Bréfritari: Sigríður Pálsdóttir
Viðtakandi: Páll Pálsson
Dagsetning: A-1870-12-12
Skrifað á: Breiðabólsstað  Rang.
Páll var bróðir Sigríðar

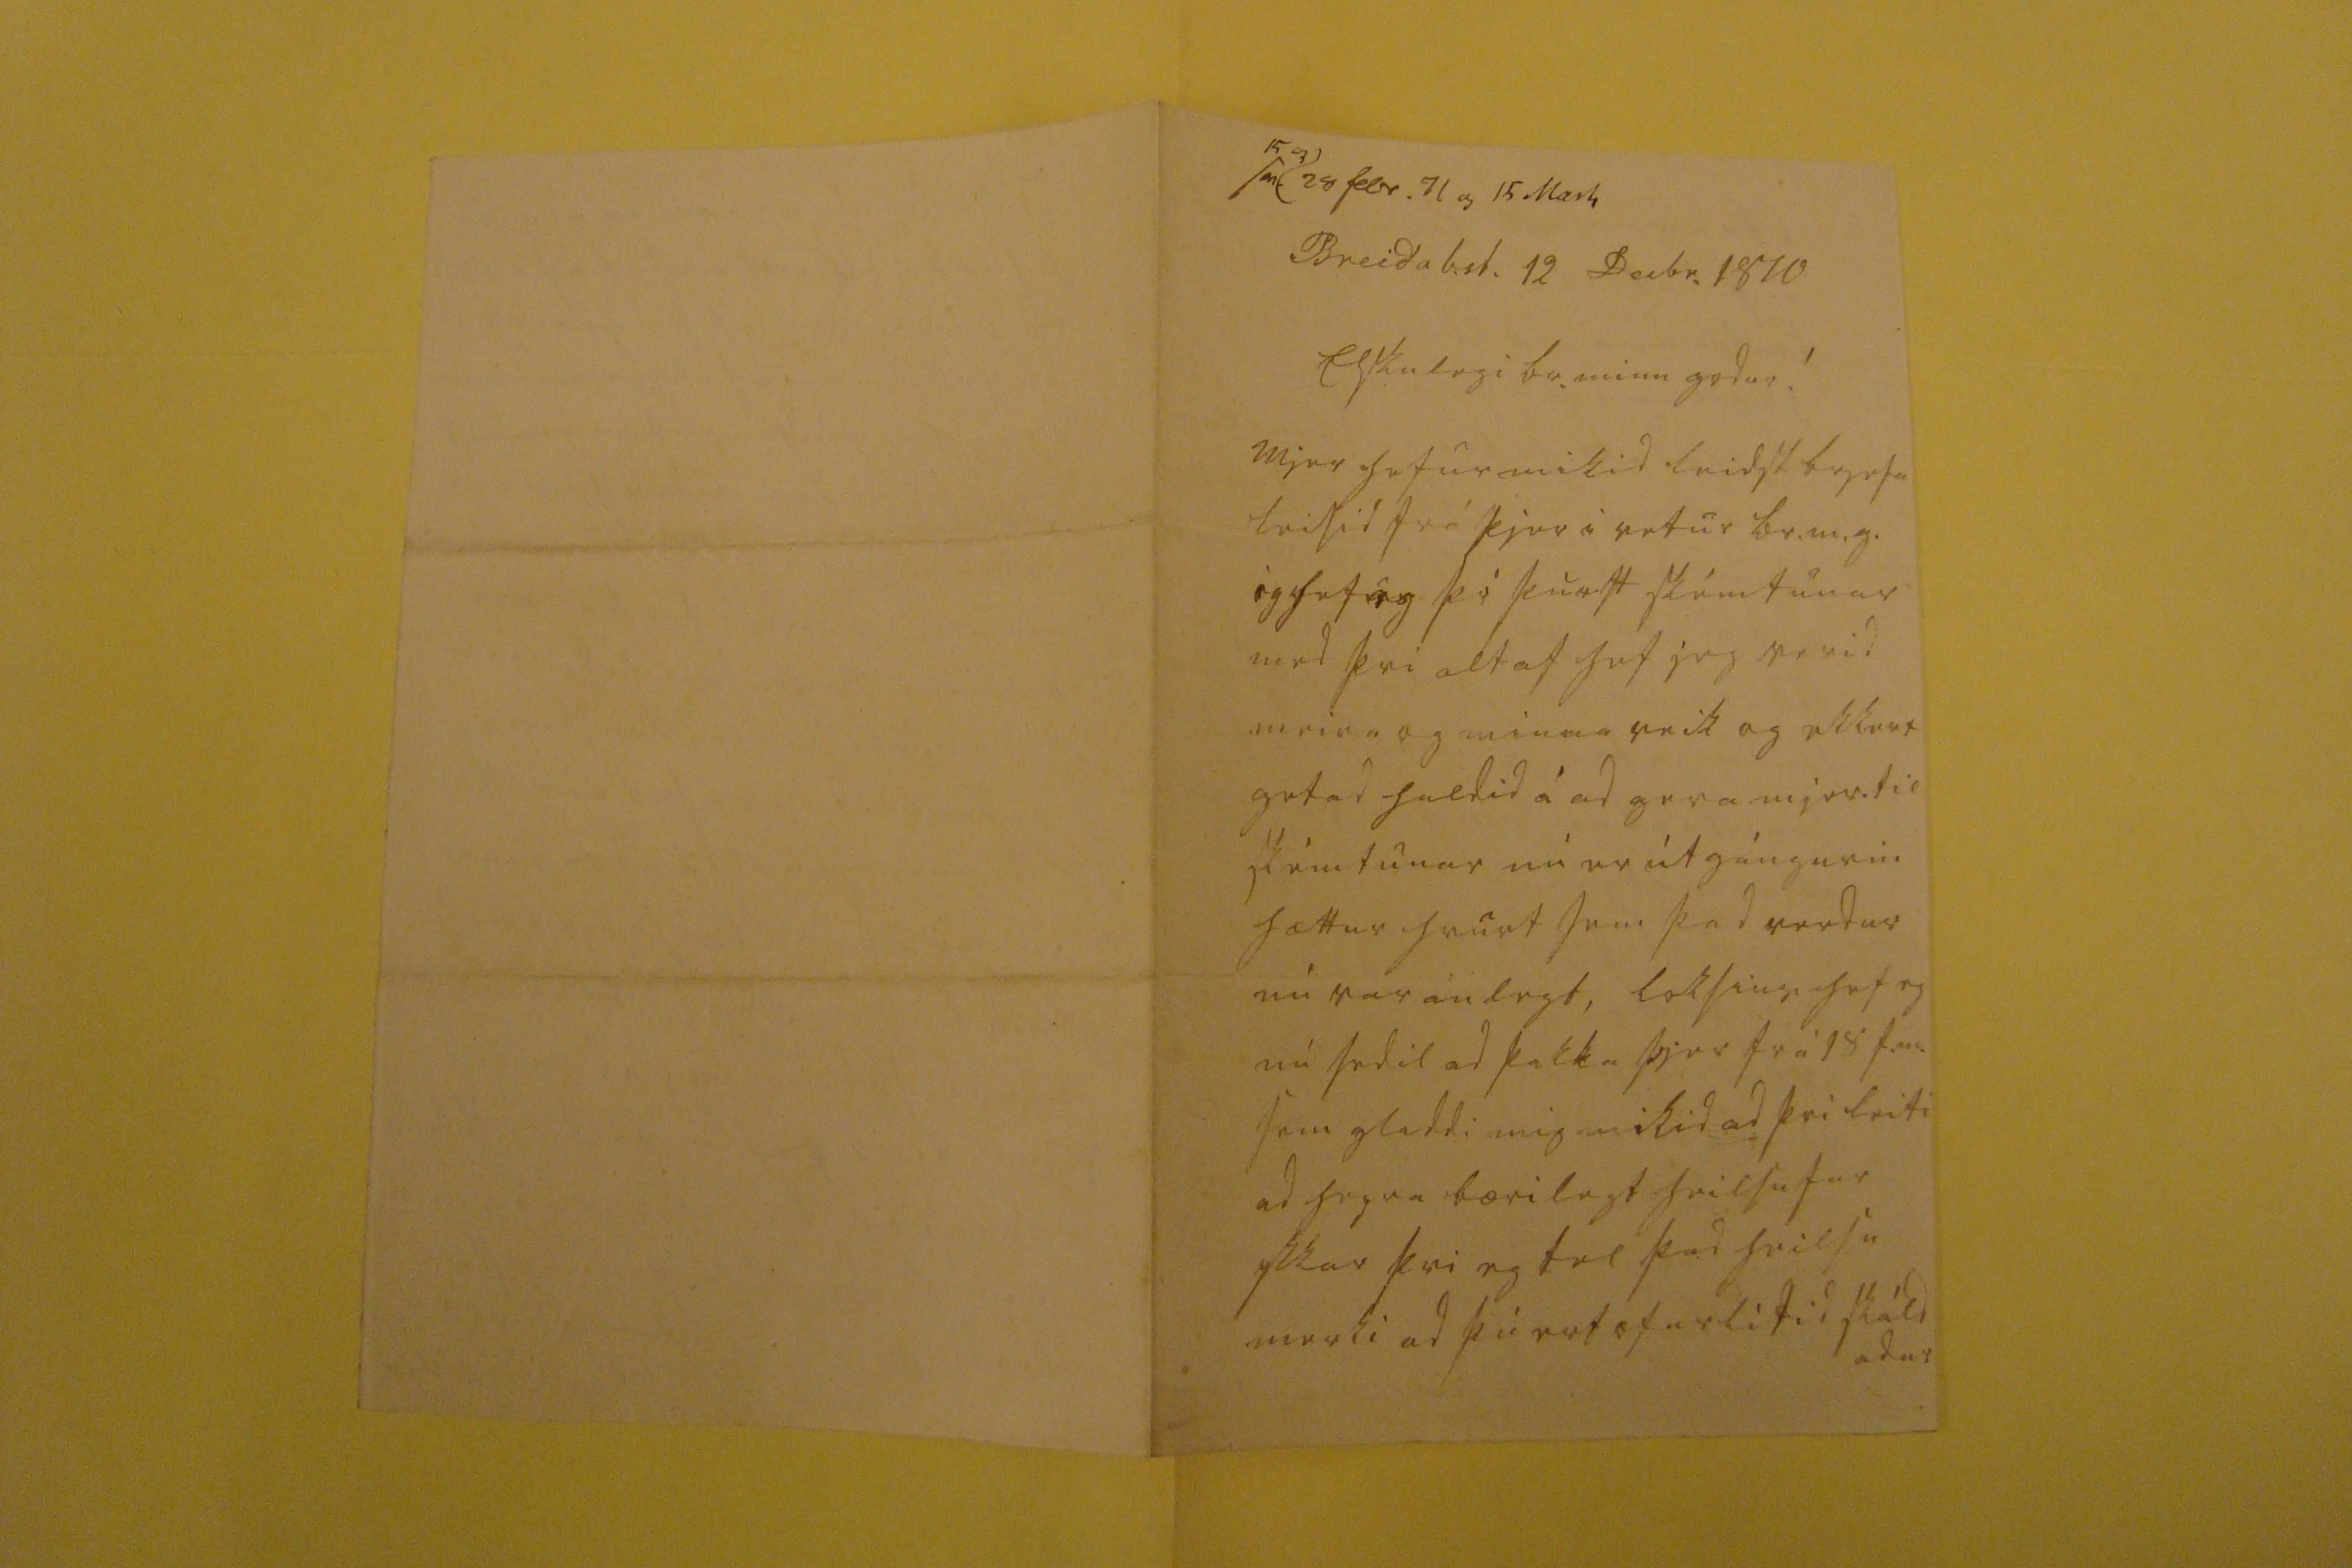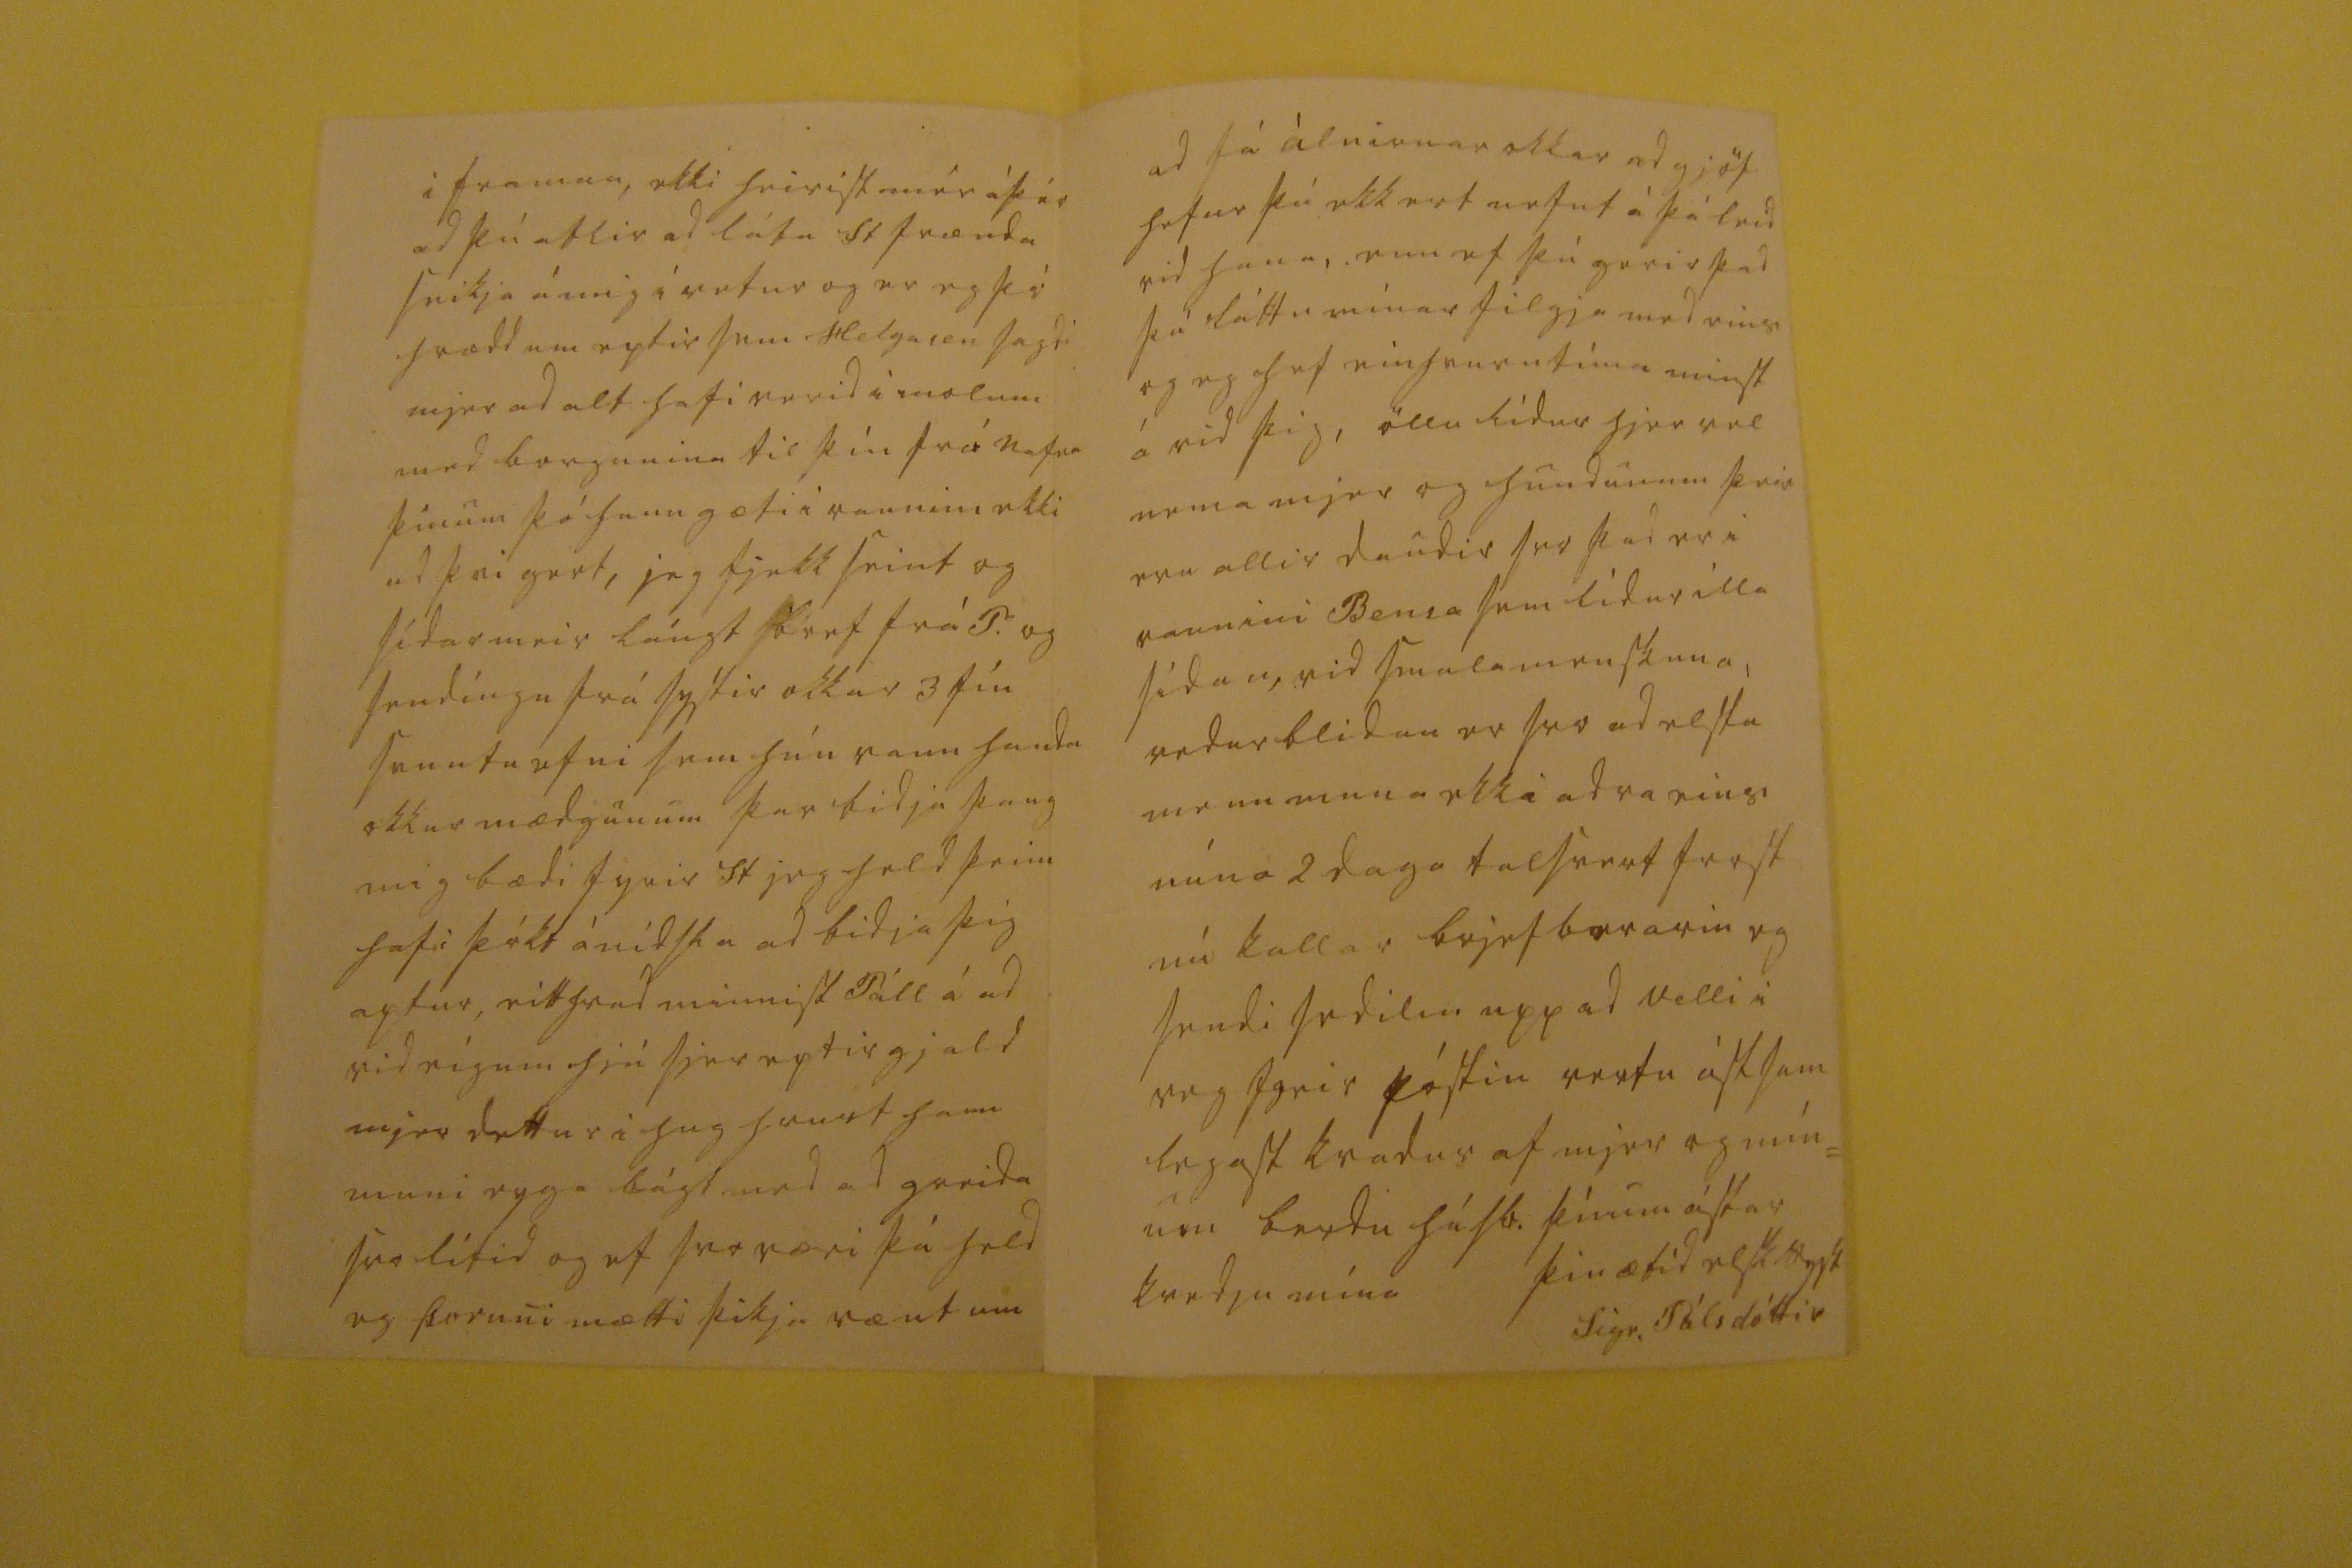

sv.
15 03
28 febr. 71 og 15 Mars
Breidab.st. 12 Decbr. 1870
Elskulegi br. minn godur!
Mjer hefur mikid leidst brjefa leisid frá þjer i vetur br.m.g. og hef eg þó þurft skémtunar med þvi altaf hef jeg verid meira og minna veik og ekkert getad haldi á ad gera mjer til skémtunar nú er útgángurin hættur hvurt sem þad verdur nú varanlegt, loksins hef eg nú sedil ad þakka þjer frá 18 s.m. sem gladdi mig mikid ad þvi leiti ad heyra bærilegt heilsufar ykkar þvi eg tel þad heilsu merki ad þú ert ofurlítid skáld adur
i framan, ekki heirist mér á þér ad þú atlir ad láta St frænda sníkja á mig i vetur og er eg þó hrædd um eptir sem Helgason sagdi mjer ad alt hafi verid i molum med borgunina til þín frá nafna þínum þó hann gæti i raunini ekki ad þvi gert, jeg fjekk seint og sídar meira lángt bref frá P. og sendíngu frá systir okkar 3 fín svuntu efni sem hún vann handa okkur mædgunum þar bidja þaug mig bædi fyrir St jeg held þeim hafi þókt ánídsla ad bidja þig aptur, eitthvad minnist Páll á ad vid eígum hjá sjer eptirgjald mjer dettur i hug hvurt hann muni eyga bágt med ad greida svolítid og ef svo væri þá held eg Þoruni mætti þikja vænt um
ad fá álnirnar okkar ad gjöf hefur þú ekkert nefnt i þá leid vid hana, enn ef þú gerir þad þá láttu mínar filgja med eins og eg hef einhvurntíma minst á vid þig, öllu lídur hjer vel nema mjer og hundunum þeir eru allir daudir svo þad er i raunini Bensa sem lídur illa sídan, vid smalamenskuna, vedurblídan er svo ad elta menn muna ekki adra eins núna 2 daga talsvert frost nú kallar brjefberarin eg sendi sedilin upp ad Velli i veg fyrir póstin vertu ástsam legast kvadur af mjer og mín= um berdu húsb. þínum ástar kvedju mína
þin ætíd elsk syst
Sigr. Pálsdóttir